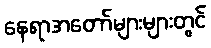
နေရာအတော်များများတွင်